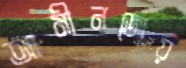
আমীনজোয়